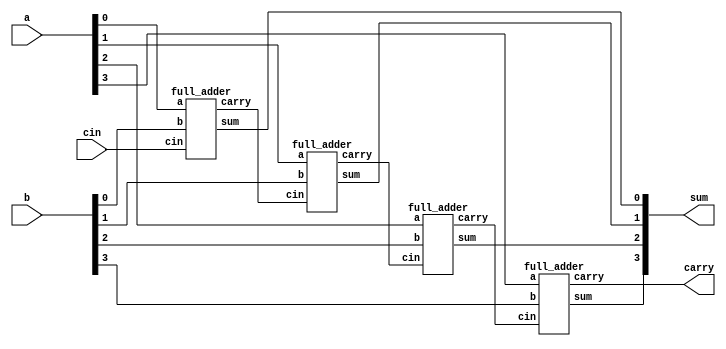
`timescale 1ns / 1ps
//////////////////////////////////////////////////////////////////////////////////
// Company: 
// Engineer: 
// 
// Design Name: 
// Module Name: Fbit_Adder_Gate
// Project Name: 
// Target Devices: 
// Tool Versions: 
// Description: 
// 
// Dependencies: 
// 
// Revision:
// Revision 0.01 - File Created
// Additional Comments:
// 
//////////////////////////////////////////////////////////////////////////////////


module Fbit_Adder_Gate(sum, carry, cin, a, b );
input [3:0]a, b;
input cin;
output [3:0] sum;
output carry;

wire w1, w2, w3;

full_adder a1(sum[0],  w1,   cin, a[0],  b[0] );
full_adder a2(sum[1],  w2,   w1,  a[1],  b[1] );
full_adder a3(sum[2],  w3,   w2, a[2],   b[2] );
full_adder a4(sum[3], carry, w3, a[3],   b[3]);


endmodule 

module full_adder(sum, carry, cin, a, b );
input a, b, cin;
output sum, carry;

wire s1, c1, c2;


xor xor1(s1, a, b);
xor xor2(sum, s1, cin);

and and1(c1, s1, cin);
and and2(c2, a, b);

or or1(carry, c1, c2);


endmodule